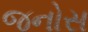
જનોસ